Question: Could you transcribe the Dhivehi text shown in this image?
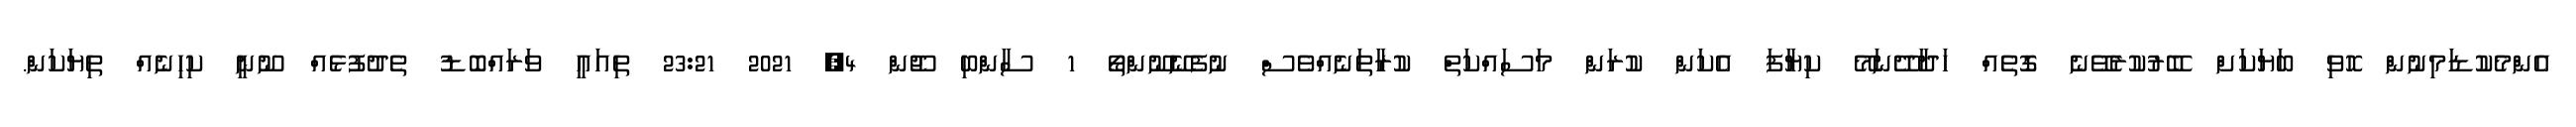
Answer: އެންމެކުޑަމިނުން ހޮވި ބަޔަކަށް ބޭރުކުރެވޭނެ ގޮތެއް ހަދާދޭނަމޭ ކިޔާފަ އެކަން ކުރަން މަސައްކަތް ކުރާތަނެއްވެސް ނުފެނޭނޫންތޯ 1 ސާންބި ޖޫން 4, 2021 23:21 ތިއައީ ވަރައްބޮޑު ތެދުފުޅެއް ނޫނީ ކިހިނެއް ތިޔަކަން.